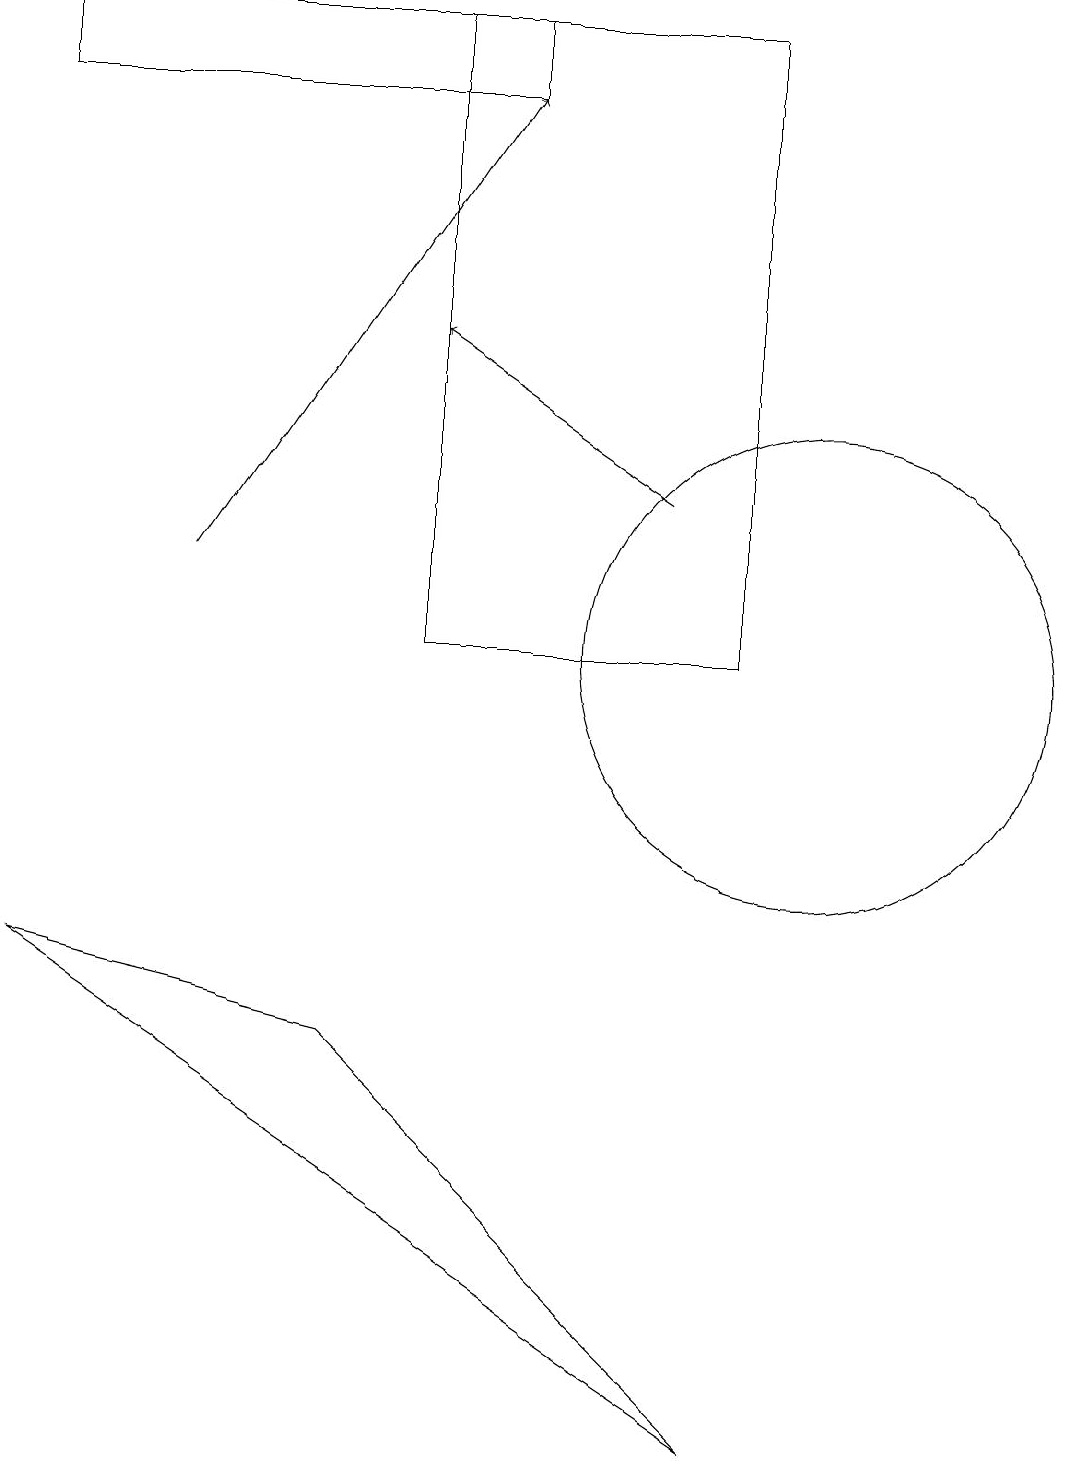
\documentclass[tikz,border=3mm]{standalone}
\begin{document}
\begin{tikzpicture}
\draw[->] (2,12) -- (6,18);
\draw (5,19) rectangle (9,11);
\draw[->] (8,13) -- (5,15);
\draw (0,19) rectangle (6,18);
\draw (10,11) circle (3);
\draw (4,6) -- (0,7) -- (9,1) -- cycle;
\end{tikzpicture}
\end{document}